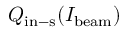
Q _ { \mathrm { i n - s } } ( I _ { \mathrm { b e a m } } )